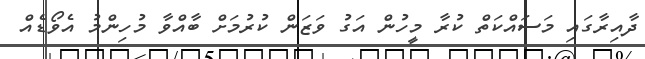
ދާއިރާގައި މަސައްކަތް ކުރާ މީހުން އަގު ވަޒަން ކުރުމަށް ބާއްވާ މުހިންމު އެވޯޑެއް